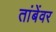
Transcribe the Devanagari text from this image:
तांबेंवर